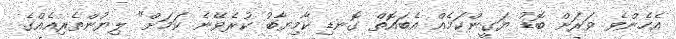
އެހެންވެ ވަރަށް ބޮޑު ޔަގީންކަމެއް އެބައޮތް ގޮނޑި ކާމިޔާބު ކުރެވޭނެ ކަމަށް" ލިޔުންތެރިއެއްގެ